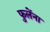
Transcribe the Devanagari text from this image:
फुलेंना